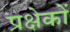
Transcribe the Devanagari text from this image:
प्रक्षेकों